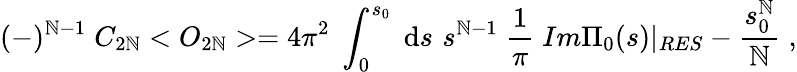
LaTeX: (-)^{\mathbb{N}-1}\; C_{2\mathbb{N}}<O_{2\mathbb{N}}>=4\pi^{2}\; \int_{0}^{s_{0}}\; \mathrm{d}s\, \, s^{\mathbb{N}-1}\; \frac{{1}}{{\pi}}\; Im\Pi_{0}(s)|_{RES}-\frac{{s_{0}^{\mathbb{N}}}}{{\mathbb{N}}}\; ,